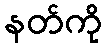
နတ်ကို